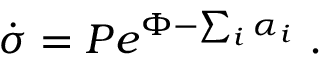
\dot { \sigma } = P e ^ { \Phi - \sum _ { i } \alpha _ { i } } \ .